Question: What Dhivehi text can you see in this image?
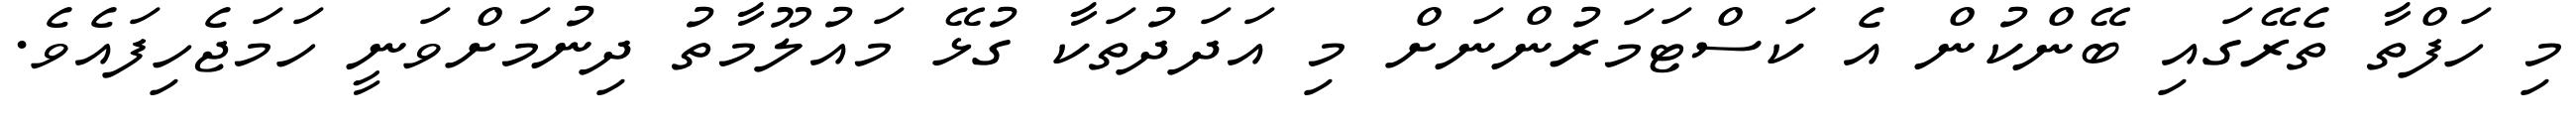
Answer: މި ހަފްތާ ތެރޭގައި ބޭންކުން އެ ކަސްޓަމަރުންނަށް މި އަދަދުތަކާ ގުޅޭ މައުލޫމާތު ދިނުމަށްވަނީ ހަމަޖެހިފައެވެ.